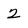
Character: 2